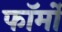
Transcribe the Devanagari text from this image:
फाॅर्मों